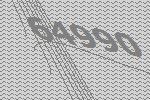
64990